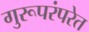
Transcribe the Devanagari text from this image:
गुरूपरंपरेत